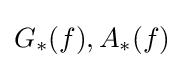
G_{*}(f),A_{*}(f)